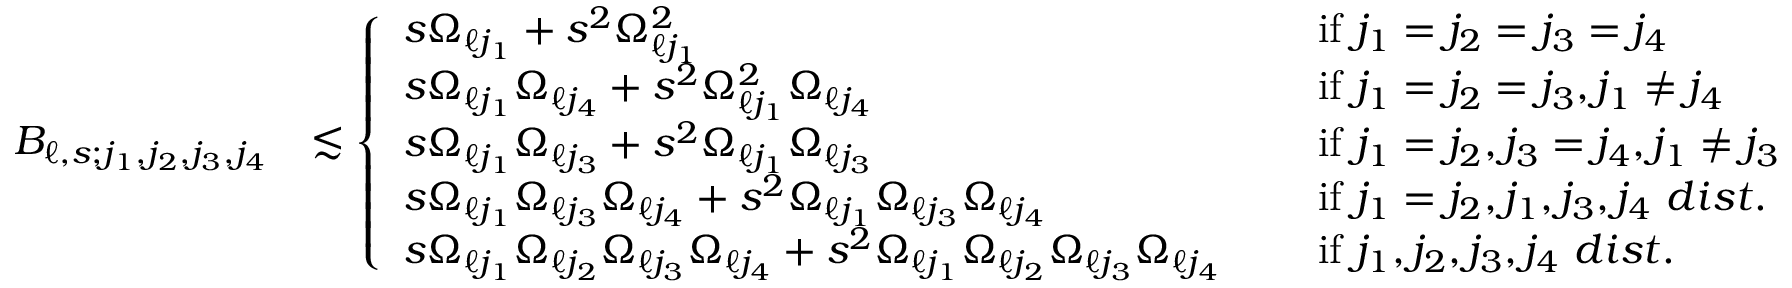
\begin{array} { r l } { B _ { \ell , s ; j _ { 1 } , j _ { 2 } , j _ { 3 } , j _ { 4 } } } & { \lesssim \left\{ \begin{array} { l l } { s \Omega _ { \ell j _ { 1 } } + s ^ { 2 } \Omega _ { \ell j _ { 1 } } ^ { 2 } } & { \quad \mathrm { ~ i f ~ } j _ { 1 } = j _ { 2 } = j _ { 3 } = j _ { 4 } } \\ { s \Omega _ { \ell j _ { 1 } } \Omega _ { \ell j _ { 4 } } + s ^ { 2 } \Omega _ { \ell j _ { 1 } } ^ { 2 } \Omega _ { \ell j _ { 4 } } } & { \quad \mathrm { ~ i f ~ } j _ { 1 } = j _ { 2 } = j _ { 3 } , j _ { 1 } \neq j _ { 4 } } \\ { s \Omega _ { \ell j _ { 1 } } \Omega _ { \ell j _ { 3 } } + s ^ { 2 } \Omega _ { \ell j _ { 1 } } \Omega _ { \ell j _ { 3 } } } & { \quad \mathrm { ~ i f ~ } j _ { 1 } = j _ { 2 } , j _ { 3 } = j _ { 4 } , j _ { 1 } \neq j _ { 3 } } \\ { s \Omega _ { \ell j _ { 1 } } \Omega _ { \ell j _ { 3 } } \Omega _ { \ell j _ { 4 } } + s ^ { 2 } \Omega _ { \ell j _ { 1 } } \Omega _ { \ell j _ { 3 } } \Omega _ { \ell j _ { 4 } } } & { \quad \mathrm { ~ i f ~ } j _ { 1 } = j _ { 2 } , j _ { 1 } , j _ { 3 } , j _ { 4 } \, \, d i s t . } \\ { s \Omega _ { \ell j _ { 1 } } \Omega _ { \ell j _ { 2 } } \Omega _ { \ell j _ { 3 } } \Omega _ { \ell j _ { 4 } } + s ^ { 2 } \Omega _ { \ell j _ { 1 } } \Omega _ { \ell j _ { 2 } } \Omega _ { \ell j _ { 3 } } \Omega _ { \ell j _ { 4 } } } & { \quad \mathrm { ~ i f ~ } j _ { 1 } , j _ { 2 } , j _ { 3 } , j _ { 4 } \, \, d i s t . } \end{array} \right. } \end{array}